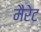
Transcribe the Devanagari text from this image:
मैरेट